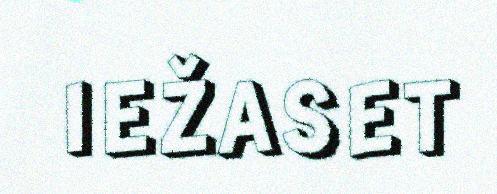
IEŽASET